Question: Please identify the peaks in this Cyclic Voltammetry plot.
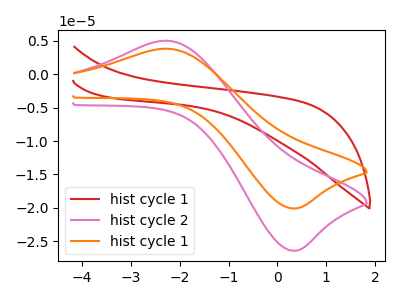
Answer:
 <answer>The red curve "hist cycle 1" has no peaks. The pink curve "hist cycle 2" has an anodic peak at (-2.30V, 5.00uA) and a cathodic peak at (0.40V, -26.40uA). The orange curve "hist cycle 1" has an anodic peak at (-2.30V, 3.80uA) and a cathodic peak at (0.40V, -20.05uA).</answer>
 <eval></eval>